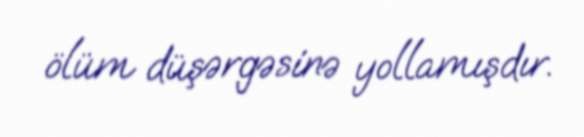
ölüm düşərgəsinə yollamışdır.